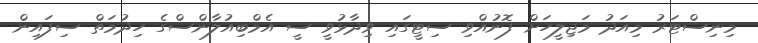
މިނިސްޓަރު މިއަދު މަޖިލީހަށް ފޮނުއްވި ސިޓީގައި ވިދާޅުވީ ސީ އެމްބިއުލާންސްގެ ހިދުމަތް ސިފައިން